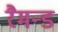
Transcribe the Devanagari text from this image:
रैमन्ड